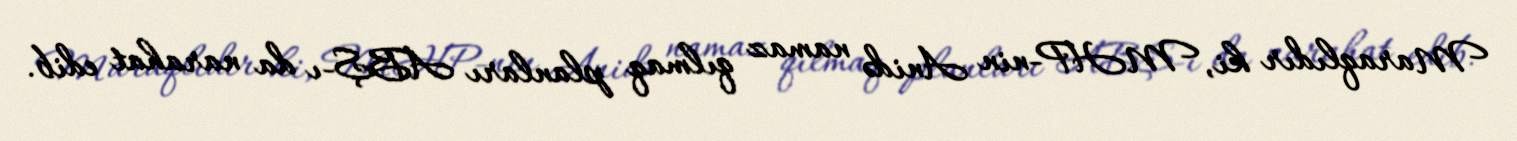
Maraqlıdır ki, MHP-nin Anidə namaz qılmaq planları ABŞ-ı da narahat edib.